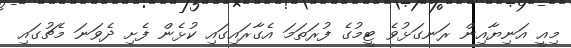
މިއީ އަނިޔާއިން ރަނގަޅުވެ ޓީމުގެ ފުރަތަމަ އެގާރައިގައި ކުޅެން ފެށި ދެވަނަ މެޗުގައި